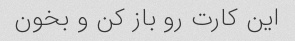
این کارت رو باز کن و بخون